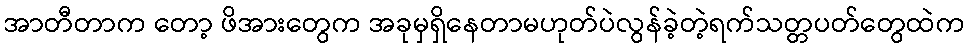
အာတီတာက တော့ ဖိအားတွေက အခုမှရှိနေတာမဟုတ်ပဲလွန်ခဲ့တဲ့ရက်သတ္တပတ်တွေထဲက